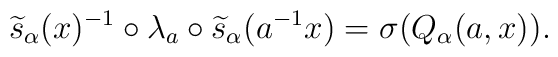
\widetilde{s}_\alpha ( x )^{-1} \circ \lambda_a \circ	\widetilde{s}_\alpha ( a^{-1} x )	= \sigma( Q_\alpha( a, x ) ).